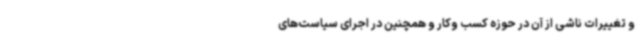
و تغییرات ناشی از آن در حوزه کسب وکار و همچنین در اجرای سیاست‌های